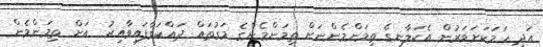
އަދި ހަމަކަށަވަރުން އެކަލާނގެ ތިމަންމެންނަށް ތިމަންމެންގެ މަގުތައް ދައްކަވާފައިވާއިރު  އަށް ތިމަންމެން